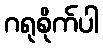
ဂရုစိုက်ပါ